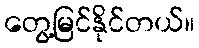
တွေ့မြင်နိုင်တယ်။